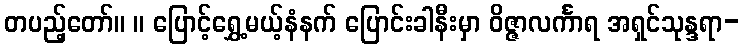
တပည့်တော်။ ။ ပြောင့်ရွှေ့မယ့်နံနက် ပြောင်းခါနီးမှာ ဝိဇ္ဇာလင်္ကာရ အရှင်သုန္ဒရာ-